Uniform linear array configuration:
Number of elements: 8
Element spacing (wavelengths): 1
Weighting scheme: uniform
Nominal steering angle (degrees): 60
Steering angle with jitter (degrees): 59.179
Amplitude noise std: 0.05
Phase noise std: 0.05

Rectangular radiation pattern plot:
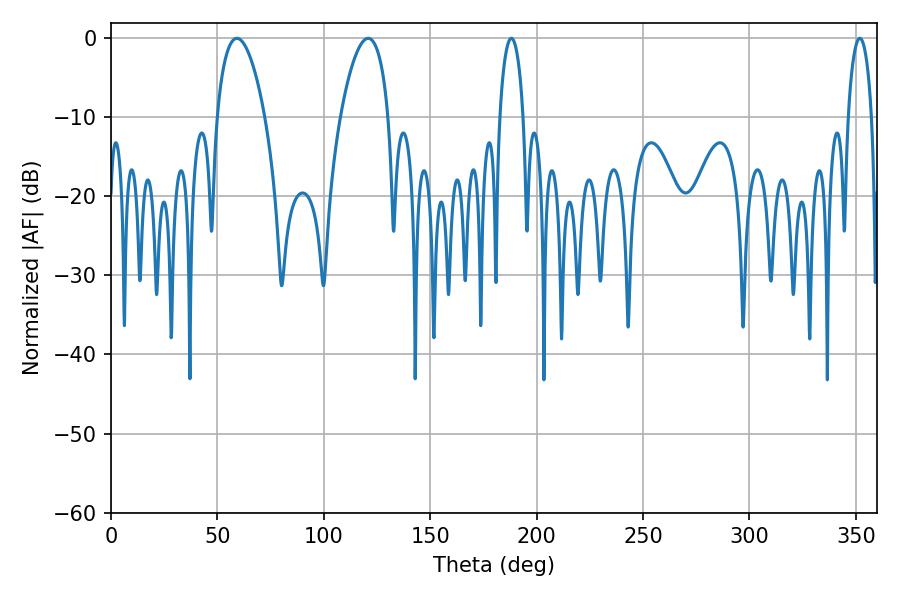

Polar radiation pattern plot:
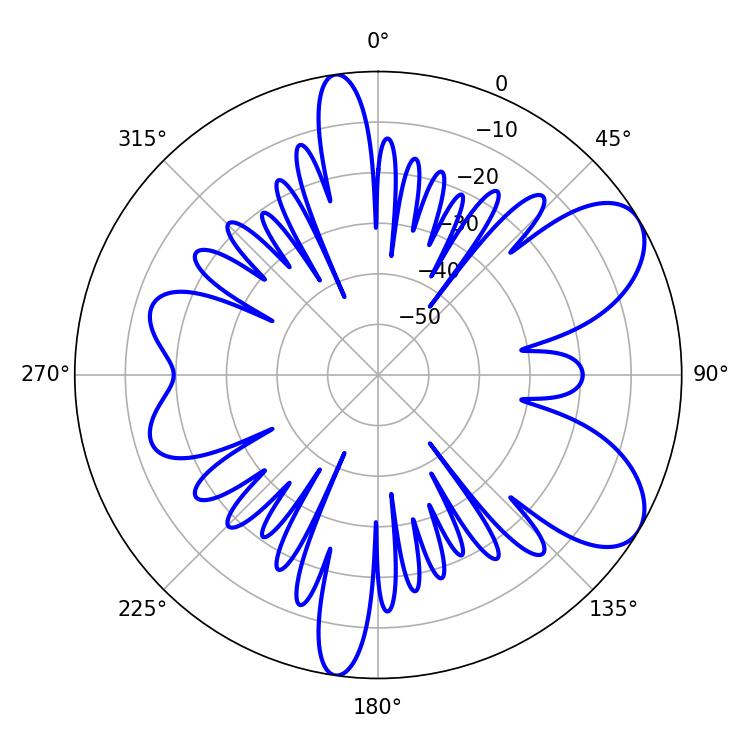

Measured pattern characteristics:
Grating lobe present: TRUE
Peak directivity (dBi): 7.594
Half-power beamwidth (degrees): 6.3
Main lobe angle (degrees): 188.1